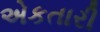
એકતારી